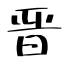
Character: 晋